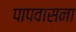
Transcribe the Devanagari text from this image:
पापवासना